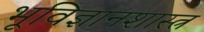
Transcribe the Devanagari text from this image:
भूविज्ञानशास्त्र